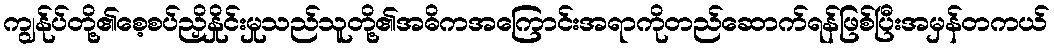
ကျွန်ုပ်တို့၏စေ့စပ်ညှိနှိုင်းမှုသည်သူတို့၏အဓိကအကြောင်းအရာကိုတည်ဆောက်ရန်ဖြစ်ပြီးအမှန်တကယ်